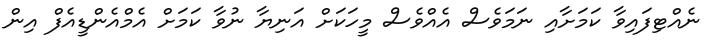
ނެއްޓިފައިވާ ކަމަށާއި ނަމަވެސް އެއްވެސް މީހަކަށް އަނިޔާ ނުވާ ކަމަށް އެމްއެންޑީއެފް އިން